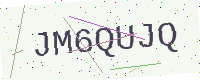
Text: JM6QUJQ